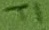
Text: T1